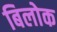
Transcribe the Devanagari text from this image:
बिलोक